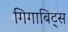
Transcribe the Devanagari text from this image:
गिगाबिट्स